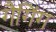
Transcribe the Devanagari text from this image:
गैगिंग